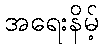
အရေးနိမ့်